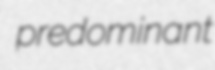
predominant